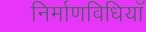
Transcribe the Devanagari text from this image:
निर्माणविधियाँ